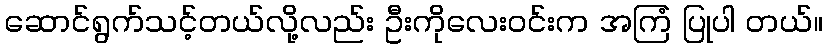
ဆောင်ရွက်သင့်တယ်လို့လည်း ဦးကိုလေးဝင်းက အကြံ ပြုပါ တယ်။